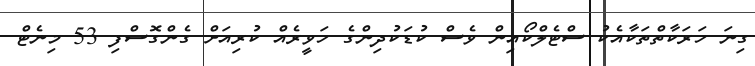
ގިނަ ހަރަކާތްތަކާއެކު ސްޓެލްކޯއިން ވެސް ކުޑަކުދިންގެ ހަވީރެއް ކުރިއަށް ގެންގޮސްފި 53 މިނެޓް